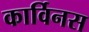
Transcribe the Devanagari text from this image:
कार्विनस